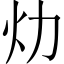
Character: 𱪢